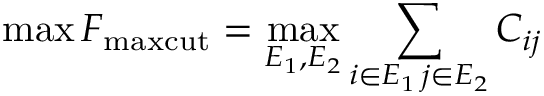
\operatorname* { m a x } F _ { \mathrm { m a x c u t } } = \operatorname* { m a x } _ { E _ { 1 } , E _ { 2 } } \sum _ { i \in E _ { 1 } \, j \in E _ { 2 } } C _ { i j }